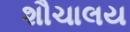
શૌચાલય